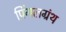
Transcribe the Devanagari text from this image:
पिंगलग्रंथ